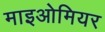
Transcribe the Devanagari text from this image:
माइओमियर